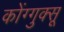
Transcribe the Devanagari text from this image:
कोंग्गुक्सू